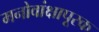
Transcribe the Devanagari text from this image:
मनोवांक्षापूरक